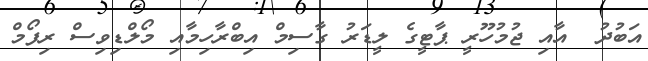
އަބުދު  އާއި ޖުމުހޫރީ ޕާޓީގެ ލީޑަރު ގާސިމް އިބްރާހިމާއި މޯލްޑިވިސް ރިފޯމް